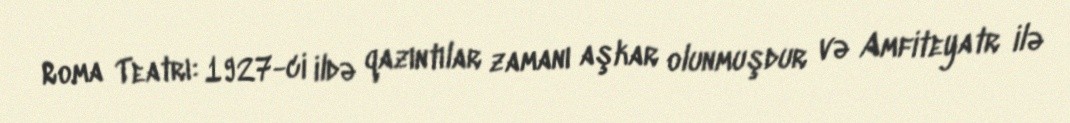
Roma Teatrı: 1927-ci ildə qazıntılar zamanı aşkar olunmuşdur və Amfiteyatr ilə